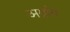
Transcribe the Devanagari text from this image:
अग्रांग